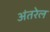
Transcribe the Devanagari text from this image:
अंतरेल